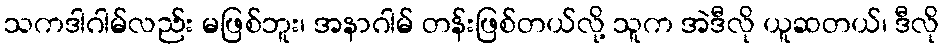
သကဒါဂါမ်လည်း မဖြစ်ဘူး၊ အနာဂါမ် တန်းဖြစ်တယ်လို့ သူက အဲဒီလို ယူဆတယ်၊ ဒီလို